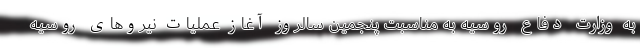
به وزارت دفاع روسیه به مناسبت پنجمین سالروز آغاز عملیات نیروهای روسیه